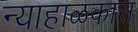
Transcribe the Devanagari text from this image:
न्याहाळकास